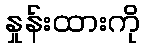
နှုန်းထားကို